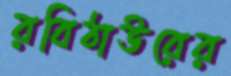
রবিঠাউরের